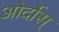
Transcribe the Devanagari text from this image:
ओर्दोस्